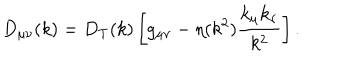
D _ { \mu \nu } ( k ) = D _ { T } ( k ) \left[ g _ { \mu \nu } - \eta ( k ^ { 2 } ) \frac { k _ { \mu } k _ { \nu } } { k ^ { 2 } } \right] .